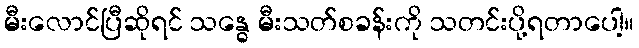
မီးလောင်ပြီဆိုရင် သန္ဓေ မီးသတ်စခန်းကို သတင်းပို့ရတာပေါ့။